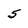
Character: 5